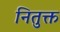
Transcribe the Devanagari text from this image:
नितुक्त